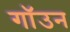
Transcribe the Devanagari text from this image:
गॉउन